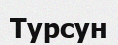
Турсун